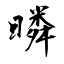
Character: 暽